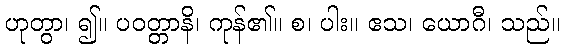
ဟုတွာ၊ ၍။ ပဝတ္တာနိ၊ ကုန်၏။ စ၊ ပါး။ ဧသ၊ ယောဂီ၊ သည်။